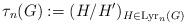
LaTeX: \begin{align*}\tau_n(G):=(H/H^\prime)_{H\in\mathrm{Lyr}_n(G)}\end{align*}